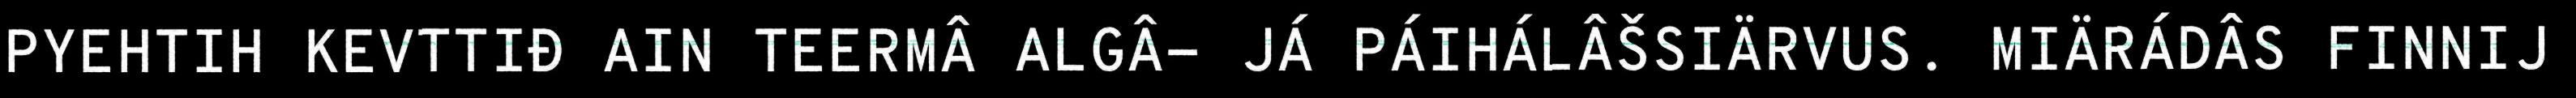
PYEHTIH KEVTTIĐ AIN TEERMÂ ALGÂ- JÁ PÁIHÁLÂŠSIÄRVUS. MIÄRÁDÂS FINNIJ